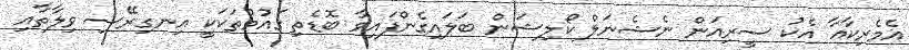
އެމެރިކާއާ އެކު ސީރިއަން ނެޝެނަލް ކޯލިޝަން ބަލައިގެންފައިވާ ބޮޑެތި ގައުމުތަކަކީ އިނގިރޭސި ވިލާތާއި